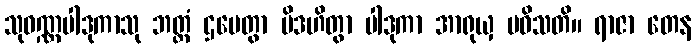
သုဝဏ္ဏပါဒုကာသု ဘတ္တံ ဌပေတွာ ပိဒဟိတွာ ပါဒုကာ အာရုယှ ပဝိသတိ။ ရာဇာ တေန